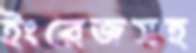
ইংরেজসহ